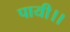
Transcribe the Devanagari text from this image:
पायी।।